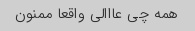
همه چی عااالی واقعا ممنون